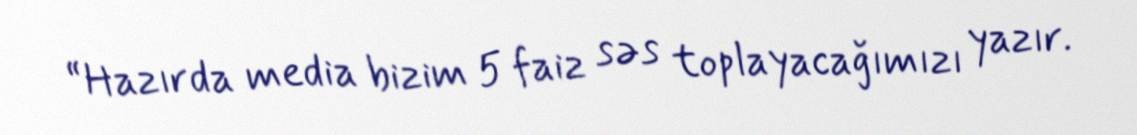
“Hazırda media bizim 5 faiz səs toplayacağımızı yazır.